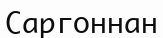
Саргоннан